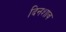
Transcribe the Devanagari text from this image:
दिनशाव